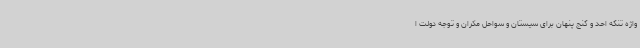
واژه تنگه احد و گنج پنهان برای سیستان و سواحل مکران و توجه دولت ا